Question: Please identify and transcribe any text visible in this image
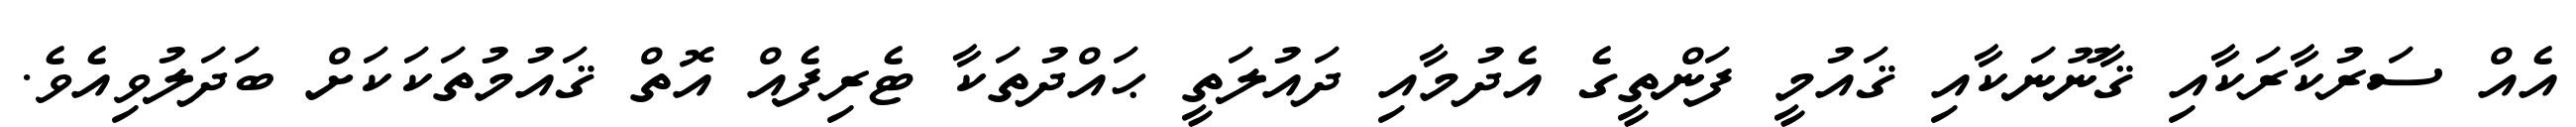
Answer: އެއް ސަރުކާރަކާއި ޤާނޫނަކާއި ޤައުމީ ފަންތީގެ އެދުމާއި ދައުލަތީ ޙައްދުތަކާ ޓެރިފެއް އޮތް ޤައުމުތަކަކަށް ބަދަލުވިއެވެ.